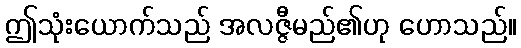
ဤသုံးယောက်သည် အလဇ္ဇီမည်၏ဟု ဟောသည်။